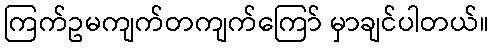
ကြက်ဥမကျက်တကျက်ကြော် မှာချင်ပါတယ်။